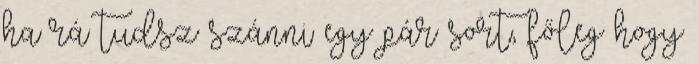
ha rá tudsz szánni egy pár sort, főleg hogy